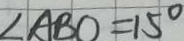
\angle A B O = 1 5 ^ { \circ }